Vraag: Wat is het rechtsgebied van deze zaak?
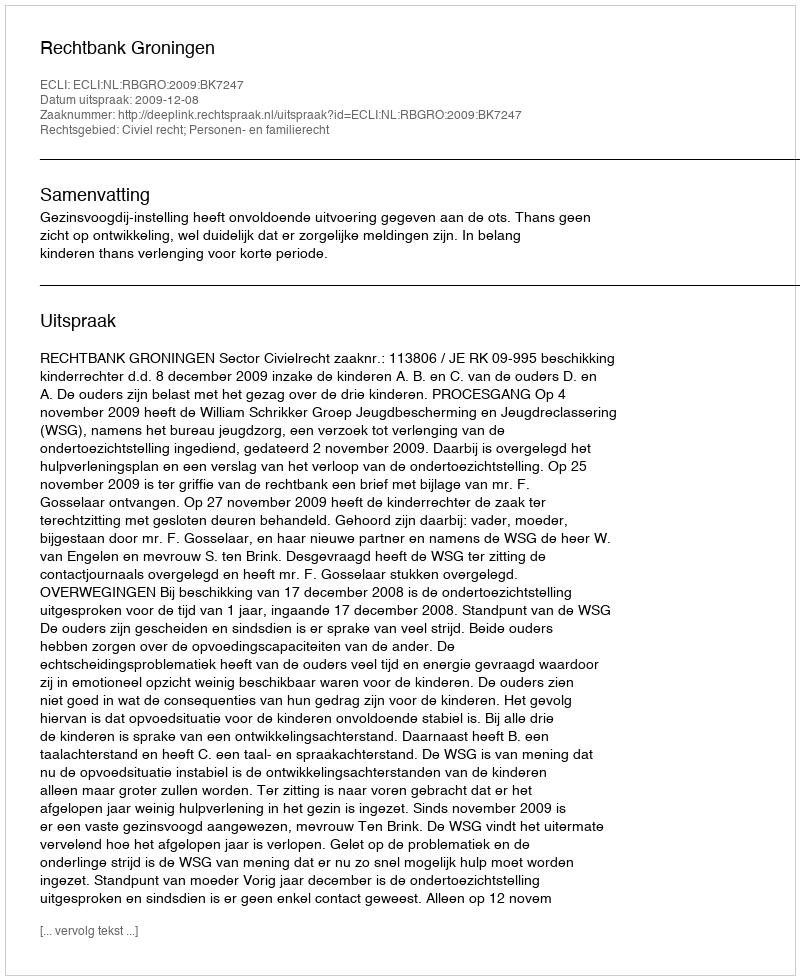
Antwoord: Civiel recht; Personen- en familierecht